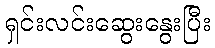
ရှင်းလင်းဆွေးနွေးပြီး